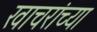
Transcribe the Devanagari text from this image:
खाचरांच्या